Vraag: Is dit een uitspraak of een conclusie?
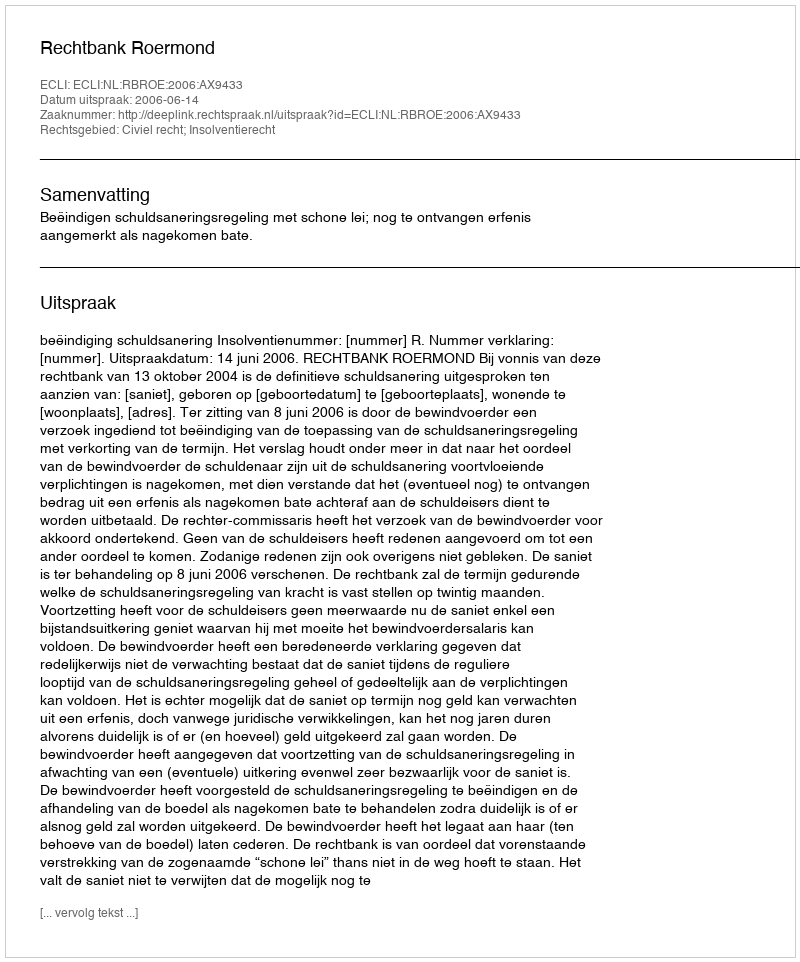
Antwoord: Uitspraak